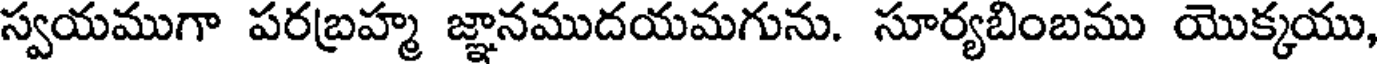
స్వయముగా పరబ్రహ్మ జ్ఞానముదయమగును. సూర్యబింబము యొక్కయు,